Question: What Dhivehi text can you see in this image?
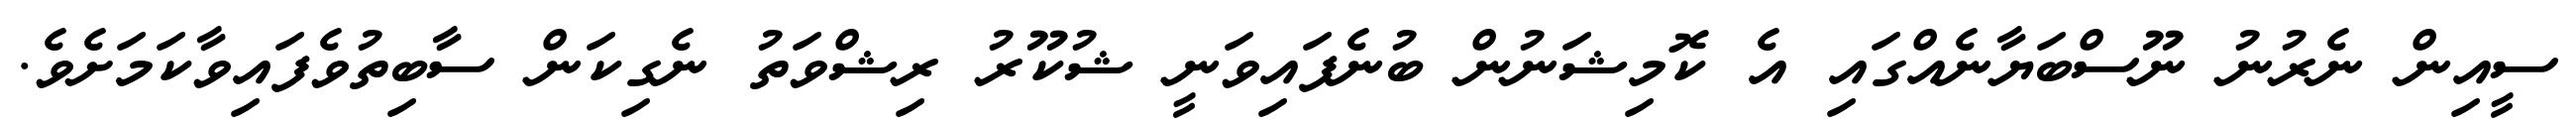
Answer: ސީއިން ނެރުނު ނޫސްބަޔާނެއްގައި އެ ކޮމިޝަނުން ބުނެފައިވަނީ ޝުކޫރު ރިޝްވަތު ނެގިކަން ސާބިތުވެފައިވާކަމަށެވެ.